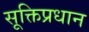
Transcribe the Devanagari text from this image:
सूक्तिप्रधान